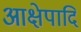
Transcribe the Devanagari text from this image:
आक्षेपादि